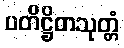
ပတိဋ္ဌိတသုတ္တံ